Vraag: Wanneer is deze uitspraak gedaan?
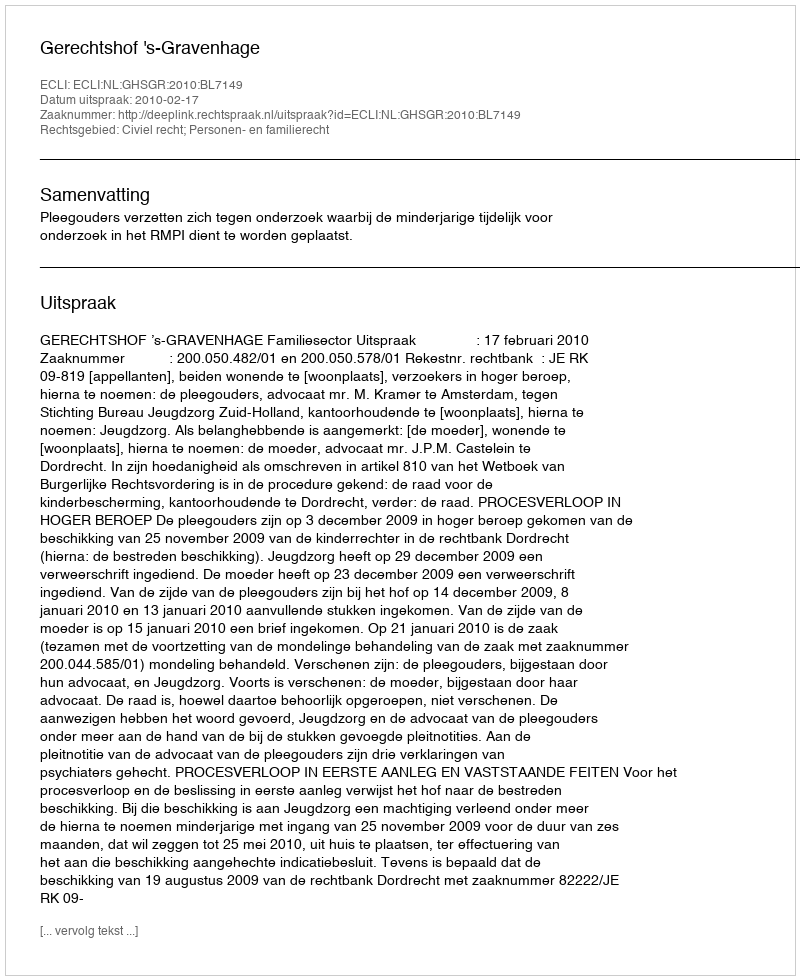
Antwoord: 2010-02-17